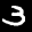
Label: 3